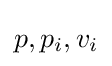
p,p_{i},v_{i}